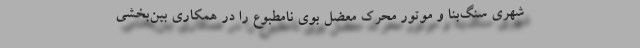
شهری سنگ‌بنا و موتور محرک معضل بوی نامطبوع را در همکاری بین‌بخشی